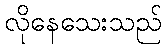
လိုနေသေးသည်